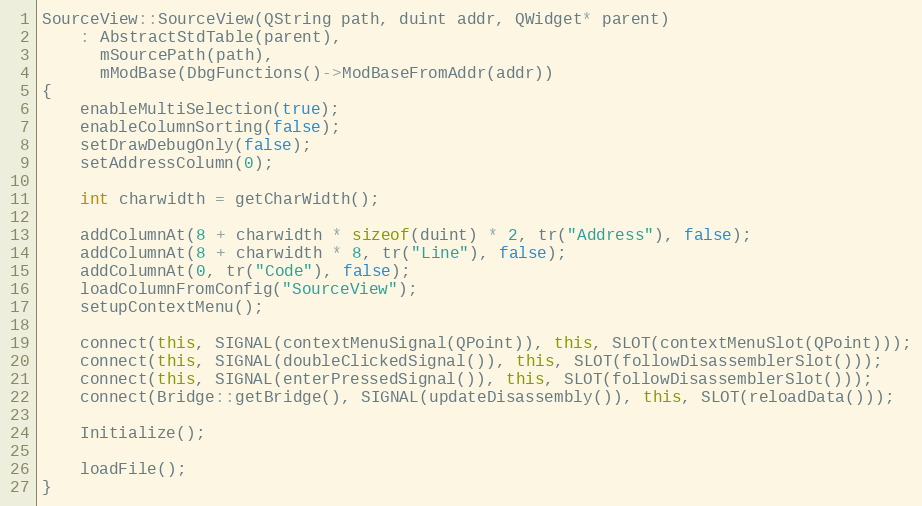
Language: C++
SourceView::SourceView(QString path, duint addr, QWidget* parent)
    : AbstractStdTable(parent),
      mSourcePath(path),
      mModBase(DbgFunctions()->ModBaseFromAddr(addr))
{
    enableMultiSelection(true);
    enableColumnSorting(false);
    setDrawDebugOnly(false);
    setAddressColumn(0);

    int charwidth = getCharWidth();

    addColumnAt(8 + charwidth * sizeof(duint) * 2, tr("Address"), false);
    addColumnAt(8 + charwidth * 8, tr("Line"), false);
    addColumnAt(0, tr("Code"), false);
    loadColumnFromConfig("SourceView");
    setupContextMenu();

    connect(this, SIGNAL(contextMenuSignal(QPoint)), this, SLOT(contextMenuSlot(QPoint)));
    connect(this, SIGNAL(doubleClickedSignal()), this, SLOT(followDisassemblerSlot()));
    connect(this, SIGNAL(enterPressedSignal()), this, SLOT(followDisassemblerSlot()));
    connect(Bridge::getBridge(), SIGNAL(updateDisassembly()), this, SLOT(reloadData()));

    Initialize();

    loadFile();
}